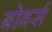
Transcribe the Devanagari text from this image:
बोवर्स